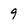
Character: 9